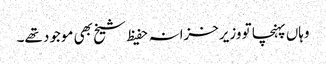
وہاں پہنچا تو وزیرخزانہ حفیظ شیخ بھی موجود تھے۔